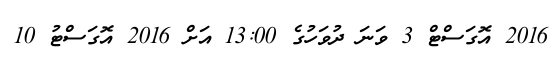
2016 އޮގަސްޓް 3 ވަނަ ދުވަހުގެ 13:00 އަށް 2016 އޮގަސްޓު 10